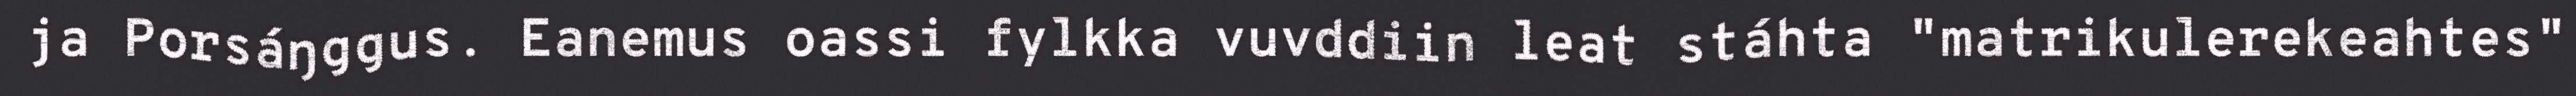
ja Porsáŋggus. Eanemus oassi fylkka vuvddiin leat stáhta "matrikulerekeahtes"